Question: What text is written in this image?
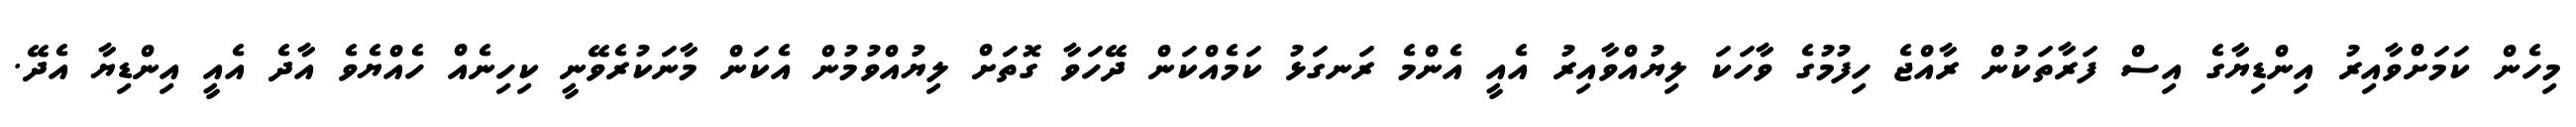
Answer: މިހެން ކަމަށްވާއިރު އިންޑިޔާގެ އިސް ފަރާތަކުން ރާއްޖެ ހިފުމުގެ ވާހަކަ ލިޔުއްވާއިރު އެއީ އެންމެ ރަނގަޅު ކަމެއްކަން ދޭހަވާ ގޮތަށް ލިޔުއްވުމުން އެކަން މާނަކުރެވޭނީ ކިހިނެއް ހެއްޔެވެ އާދެ އެއީ އިންޑިޔާ އެދޭ.